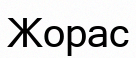
Жорас